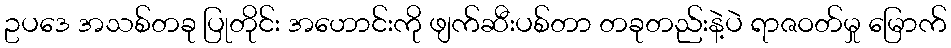
ဥပဒေ အသစ်တခု ပြုတိုင်း အဟောင်းကို ဖျက်ဆီးပစ်တာ တခုတည်းနဲ့ပဲ ရာဇဝတ်မှု မြောက်